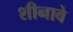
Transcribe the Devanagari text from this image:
शीनावे